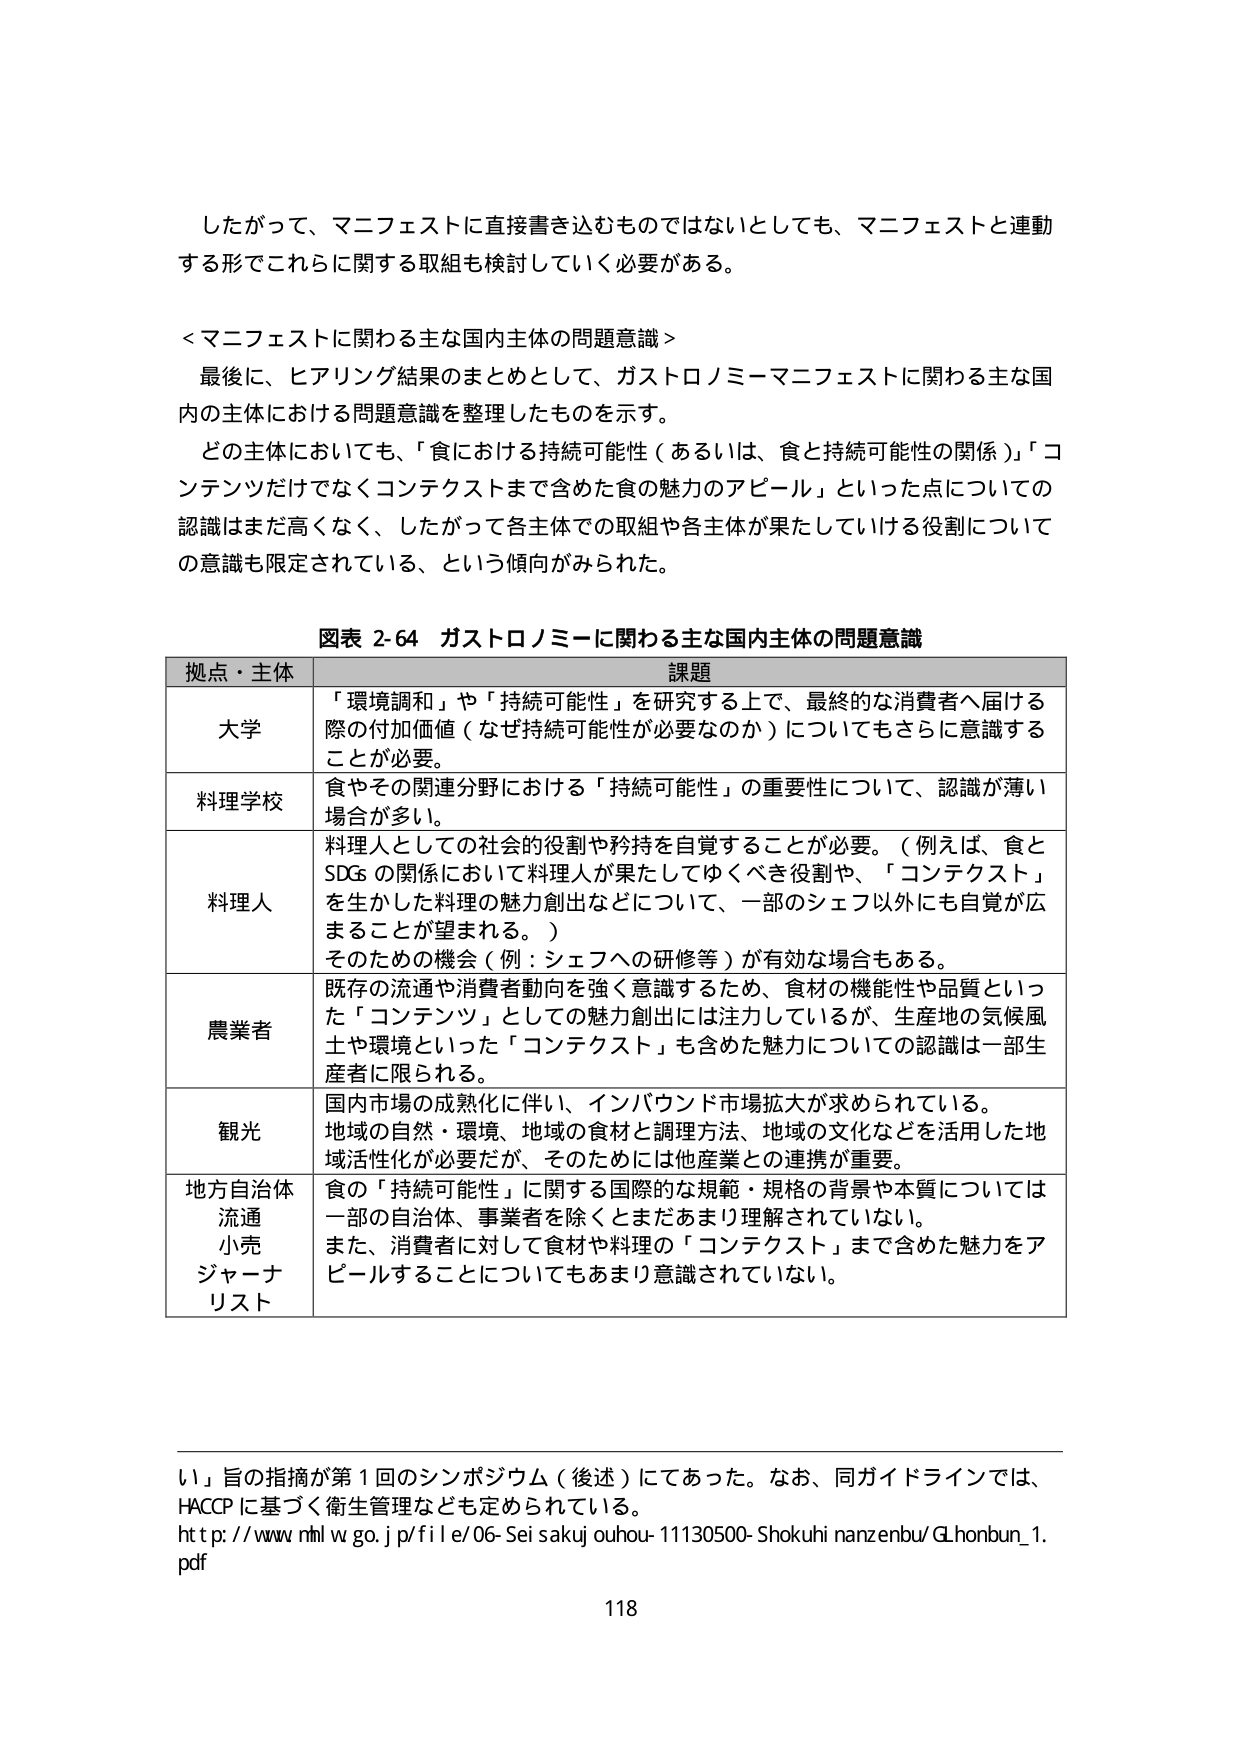
したがって、マニフェストに直接書き込むものではないとしても、マニフェストと連動する形でこれらに関する取組も検討していく必要がある。

＜マニフェストに関わる主な国内主体の問題意識＞
最後に、ヒアリング結果のまとめとして、ガストロノミーマニフェストに関わる主な国内の主体における問題意識を整理したものを示す。
どの主体においても、「食における持続可能性（あるいは、食と持続可能性の関係）」「コンテンツだけでなくコンテクストまで含めた食の魅力のアピール」といった点についての認識はまだ高くなく、したがって各主体での取組や各主体が果たしていける役割についての意識も限定されている、という傾向がみられた。

図表 2-64 ガストロノミーに関わる主な国内主体の問題意識

| 拠点・主体 | 課題 |
|------------|------|
| 大学 | 「環境調和」や「持続可能性」を研究する上で、最終的な消費者へ届ける際の付加価値（なぜ持続可能性が必要なのか）についてもさらに意識することが必要。 |
| 料理学校 | 食やその関連分野における「持続可能性」の重要性について、認識が薄い場合が多い。 |
| 料理人 | 料理人としての社会的役割や矜持を自覚することが必要。（例えば、食とSDGsの関係において料理人が果たしてゆくべき役割や、「コンテクスト」を生かした料理の魅力創出などについて、一部のシェフ以外にも自覚が広まることが望まれる。）<br>そのための機会（例：シェフへの研修等）が有効な場合もある。 |
| 農業者 | 既存の流通や消費者動向を強く意識するため、食材の機能性や品質といった「コンテンツ」としての魅力創出には注力しているが、生産地の気候風土や環境といった「コンテクスト」も含めた魅力についての認識は一部生産者に限られる。 |
| 観光 | 国内市場の成熟化に伴い、インバウンド市場拡大が求められている。<br>地域の自然・環境、地域の食材と調理方法、地域の文化などを活用した地域活性化が必要だが、そのためには他産業との連携が重要。 |
| 地方自治体<br>流通<br>小売<br>ジャーナリスト | 食の「持続可能性」に関する国際的な規範・規格の背景や本質については一部の自治体、事業者を除くとまだあまり理解されていない。<br>また、消費者に対して食材や料理の「コンテクスト」まで含めた魅力をアピールすることについてもあまり意識されていない。 |

い」旨の指摘が第1回のシンポジウム（後述）にであった。なお、同ガイドラインでは、HACCPに基づく衛生管理なども定められている。<br>http://www.nhlw.go.jp/file/06-Seisakujouhou-11130500-Shokuhinanzenzubu/G_honbun_1.pdf

118